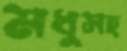
মধুসহ